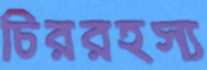
চিররহস্য